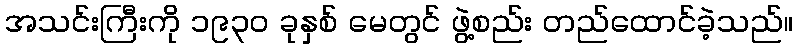
အသင်းကြီးကို ၁၉၃၀ ခုနှစ် မေတွင် ဖွဲ့စည်း တည်ထောင်ခဲ့သည်။